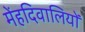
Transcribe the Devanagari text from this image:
मेंहदिवालियों